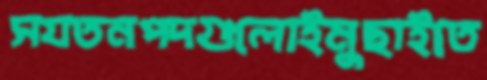
সযতনপদগুলোইমুছাইতে